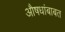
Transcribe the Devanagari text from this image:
औषधांबाबत